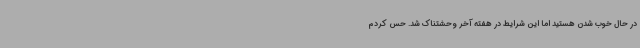
در حال خوب شدن هستید اما این شرایط در هفته آخر وحشتناک شد. حس کردم